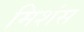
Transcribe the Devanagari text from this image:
मिशंस